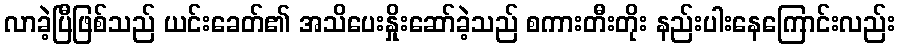
လာခဲ့ပြီဖြစ်သည် ယင်းခေတ်၏ အသိပေးနှိုးဆော်ခဲ့သည် စကားတီးတိုး နည်းပါးနေကြောင်းလည်း